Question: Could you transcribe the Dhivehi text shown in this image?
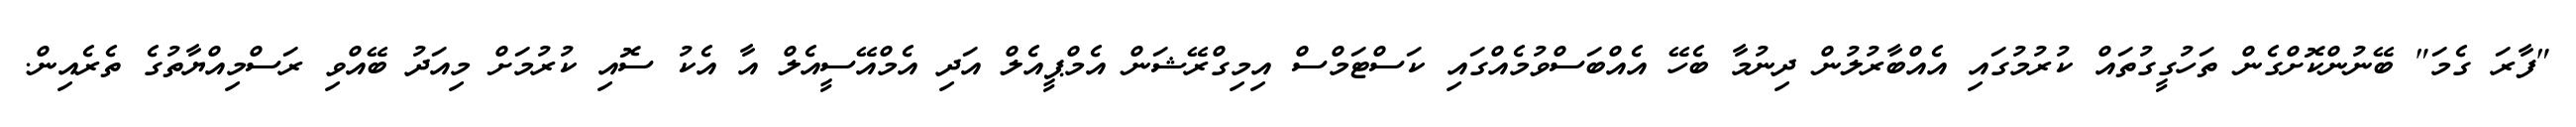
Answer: "ފާރަ ގެމަ" ބޭނުންކޮށްގެން ތަހުގީގުތައް ކުރުމުގައި އެއްބާރުލުން ދިނުމާ ބެހޭ އެއްބަސްވުމެއްގައި ކަސްޓަމްސް އިމިގްރޭޝަން އެމްޕީއެލް އަދި އެމްއޭސީއެލް އާ އެކު ސޮއި ކުރުމަށް މިއަދު ބޭއްވި ރަސްމިއްޔާތުގެ ތެރެއިން.